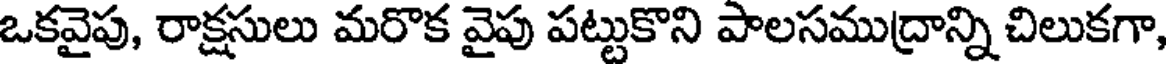
ఒకవైపు, రాక్షసులు మరొక వైపు పట్టుకొని పాలసముద్రాన్ని చిలుకగా,